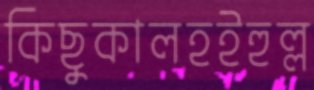
কিছুকালহইহুল্ল